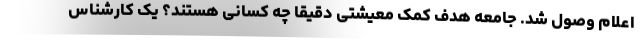
اعلام وصول شد. جامعه هدف کمک معیشتی دقیقا چه کسانی هستند؟ یک کارشناس